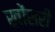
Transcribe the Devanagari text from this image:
खोंसरी